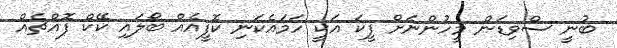
ބުނީ ސްވިޑަން މީހުންނަށް ފީކަ އަކީ ހަމައެކަނި ކޮފީއެއް ބޯލައި ކޭކް ފޮއްޗެއް